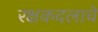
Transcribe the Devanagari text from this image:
रक्षकदलाचे